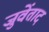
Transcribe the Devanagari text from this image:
जुवेंताद